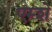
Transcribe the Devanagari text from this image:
एम्शे